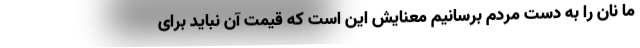
ما نان را به دست مردم برسانیم معنایش این است که قیمت آن نباید برای